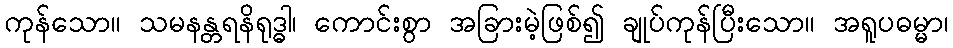
ကုန်သော။ သမနန္တရနိရုဒ္ဓါ၊ ကောင်းစွာ အခြားမဲ့ဖြစ်၍ ချုပ်ကုန်ပြီးသော။ အရူပဓမ္မာ၊